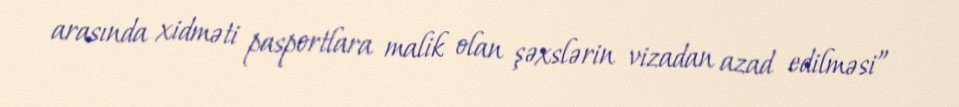
arasında xidməti pasportlara malik olan şəxslərin vizadan azad edilməsi”